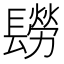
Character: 𨲮